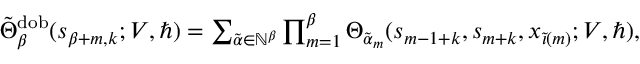
\begin{array} { r } { \tilde { \Theta } _ { \beta } ^ { \mathrm { d o b } } ( \boldsymbol { s } _ { \beta + m , k } ; V , \hbar ) = \sum _ { \tilde { \alpha } \in \mathbb { N } ^ { \beta } } \prod _ { m = 1 } ^ { \beta } \Theta _ { \tilde { \alpha } _ { m } } ( s _ { m - 1 + k } , { s } _ { m + k } , x _ { \tilde { \iota } ( m ) } ; V , \hbar ) , } \end{array}